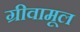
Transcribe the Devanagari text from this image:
ग्रीवामूल